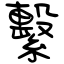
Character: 繫